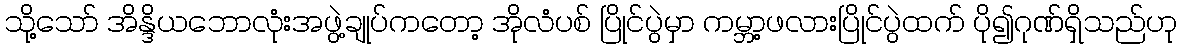
သို့သော် အိန္ဒိယဘောလုံးအဖွဲ့ချုပ်ကတော့ အိုလံပစ် ပြိုင်ပွဲမှာ ကမ္ဘာ့ဖလားပြိုင်ပွဲထက် ပို၍ဂုဏ်ရှိသည်ဟု